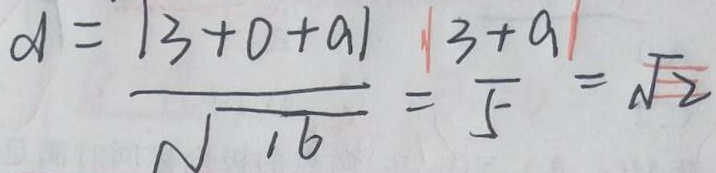
\infty = \frac { \vert 3 + 0 + a \vert } { \sqrt { 1 6 } } = \frac { \vert 3 + a \vert } { 5 } = \sqrt { 2 }